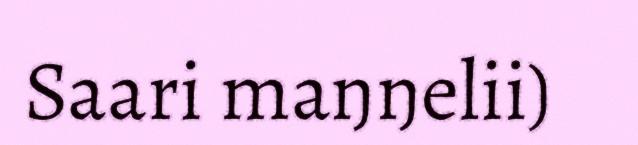
Saari maŋŋelii)